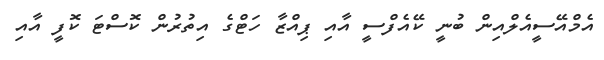
އެމްއޭސީއެލްއިން ބުނީ ކޭއެފްސީ އާއި ޕިއްޒާ ހަޓްގެ އިތުރުން ކޮސްޓަ ކޮފީ އާއި